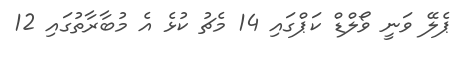
ޕެލޭ ވަނީ ވޯލްޑް ކަޕްގައި 14 މެޗު ކުޅެ އެ މުބާރާތުގައި 12